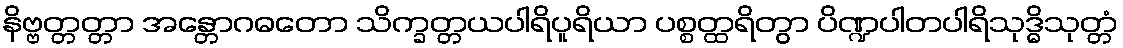
နိဗ္ဗတ္တတ္တာ အန္တောဂဓတော သိက္ခတ္တယပါရိပူရိယာ ပစ္စတ္ထရိတွာ ပိဏ္ဍပါတပါရိသုဒ္ဓိသုတ္တံ